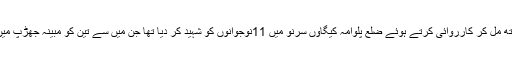
تفصیلات کے مطابق گزشتہ روز بھارتی فوج نے پولیس اور پیرا ملٹری فورسز کے ساتھ مل کر کارروائی کرتے ہوئے ضلع پلوامہ کیگاؤں سرنو میں 11نوجوانوں کو شہید کر دیا تھا جن میں سے تین کو مبینہ جھڑپ میں شہید کیا گیا جبکہ 8نوجوانوں کو مظاہرے کے دوران فائرنگ کر کےشہید کر دیا تھا۔